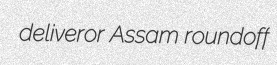
deliveror Assam roundoff